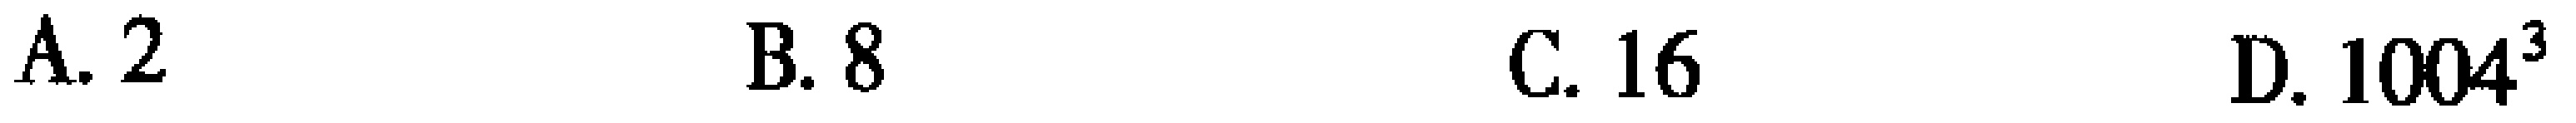
A. \(2\)  B. \(8\)  C. \(16\)  D. \(1004^{3}\)